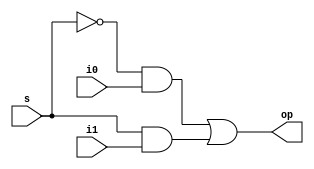
//gate modelling for PISO register

module mux(op,i0,i1,s);
  input i0,i1,s;
  output  op;
  wire snot,op1,op2;
  not(snot,s);
  and(op1,snot,i0);
  and(op2,s,i1);
  or(op,op1,op2);
endmodule

module dff(q,d,clk);
  input d,clk;
  output reg q;
  always @(posedge clk)
    q<=d;
endmodule

module piso(q,ip,i0,s,clk);
  output q;
  input i0,s,clk;
  input [3:0]ip;
  wire d3,d2,d1,d0,q3,q2,q1,q0;


  mux m1(d3,i0,ip[3],s);
  dff e1(q3,d3,clk);
  mux m2(d2,q3,ip[2],s);
  dff e2(q2,d2,clk);
  mux m3(d1,q2,ip[1],s);
  dff e3(q1,d1,clk);
  mux m4(d0,q1,ip[0],s);
  dff e4(q,d0,clk);
endmodule